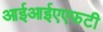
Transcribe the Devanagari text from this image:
आईआईएएफटी